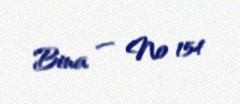
Bina — № 154